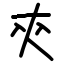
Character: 㚒